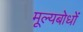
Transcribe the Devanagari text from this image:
मूल्यबोधों